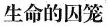
生命的囚笼